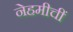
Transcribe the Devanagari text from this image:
नेहमीचीं